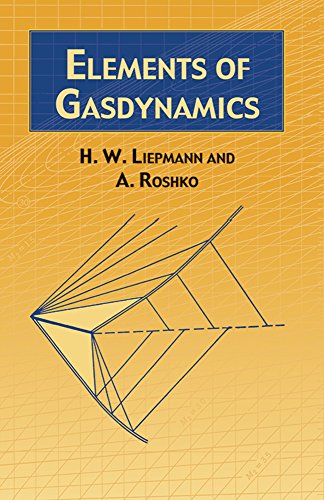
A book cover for Elements of Gasdynamics; H. W. Liepmann; Science & Math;